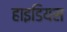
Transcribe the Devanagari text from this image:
हाइडियस